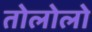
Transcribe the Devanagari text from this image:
तोलोलो